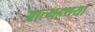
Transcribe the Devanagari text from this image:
आत्महथया